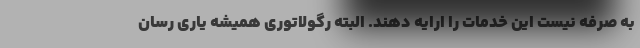
به صرفه نیست این خدمات را ارایه دهند. البته رگولاتوری همیشه یاری رسان